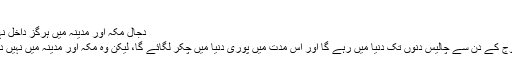
)
دجال مکہ اور مدینہ میں ہرگز داخل نہیں ہوسکے گا:
دجال اپنے خروج کے دن سے چالیس دنوں تک دنیا میں رہے گا اور اس مدت میں پوری دنیا میں چکر لگائے گا، لیکن وہ مکہ اور مدینہ میں نہیں داخل ہوپائے گا۔